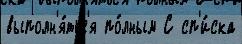
выполн'я́тьс'я по́лным С сп'и́ска